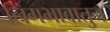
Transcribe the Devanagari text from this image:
लिंगभावातुन